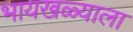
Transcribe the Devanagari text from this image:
भायखळ्याला